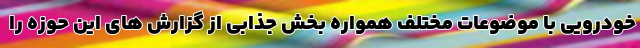
خودرویی با موضوعات مختلف همواره بخش جذابی از گزارش های این حوزه را